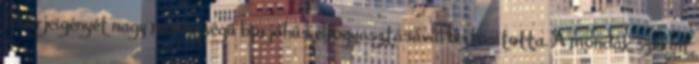
fehérjeigényét nagy mennyiségű borjúhús elfogyasztásával biztosította. A mondák szerint